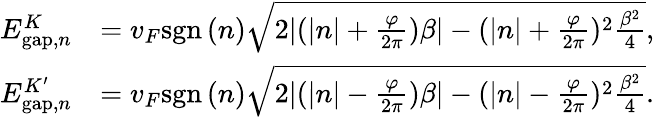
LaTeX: \begin{array}{rl}{E_{\mathrm{gap},n}^{K}}&{=v_{F}\mathrm{sgn}\, (n)\sqrt{2|(|n|+\frac{\varphi}{2\pi})\beta|-(|n|+\frac{\varphi}{2\pi})^{2}\frac{\beta^{2}}{4}},}\\ {E_{\mathrm{gap},n}^{K^{\prime}}}&{=v_{F}\mathrm{sgn}\, (n)\sqrt{2|(|n|-\frac{\varphi}{2\pi})\beta|-(|n|-\frac{\varphi}{2\pi})^{2}\frac{\beta^{2}}{4}}.}\end{array}